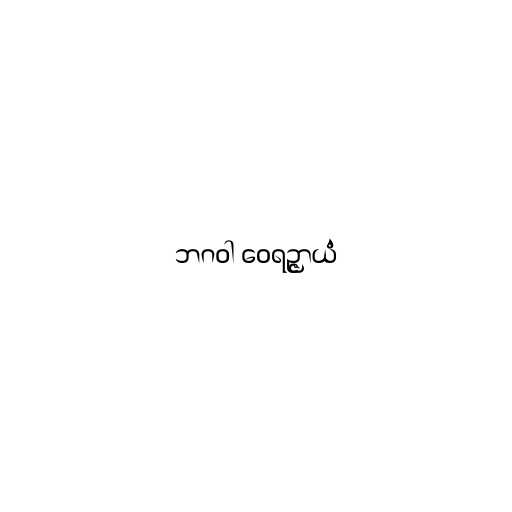
ဘဂဝါ ဝေရဉ္ဇာယံ